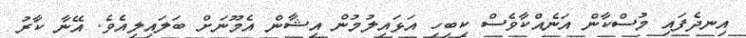
އިނދެފައި މުސްކާން އަނެއްކާވެސް ކިބިހި އަޅައިލުމުން އިޝާން އެމޫނަށް ބަލައިލިއެވެ. އޭނާ ކާރު